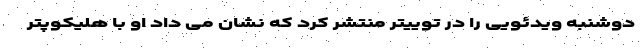
دوشنبه ویدئویی را در توییتر منتشر کرد که نشان می داد او با هلیکوپتر